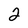
Character: 2